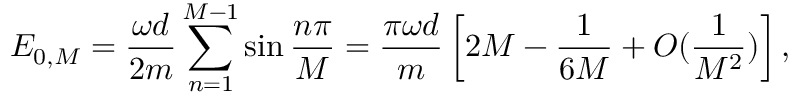
E _ { 0 , M } = { \frac { \omega d } { 2 m } } \sum _ { n = 1 } ^ { M - 1 } \sin { \frac { n \pi } { M } } = { \frac { \pi \omega d } { m } } \left[ { 2 } M - { \frac { 1 } { 6 M } } + O ( { \frac { 1 } { M ^ { 2 } } } ) \right] ,